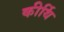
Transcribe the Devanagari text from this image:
कीर्थि